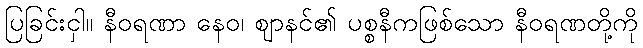
ပြခြင်းငှါ။ နီဝရဏာ နေဝ၊ ဈာနင်၏ ပစ္စနီကဖြစ်သော နီဝရဏတို့ကို